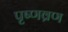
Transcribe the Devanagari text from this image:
पृष्णव्रण